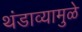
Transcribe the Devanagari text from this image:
थंडाव्यामुळे